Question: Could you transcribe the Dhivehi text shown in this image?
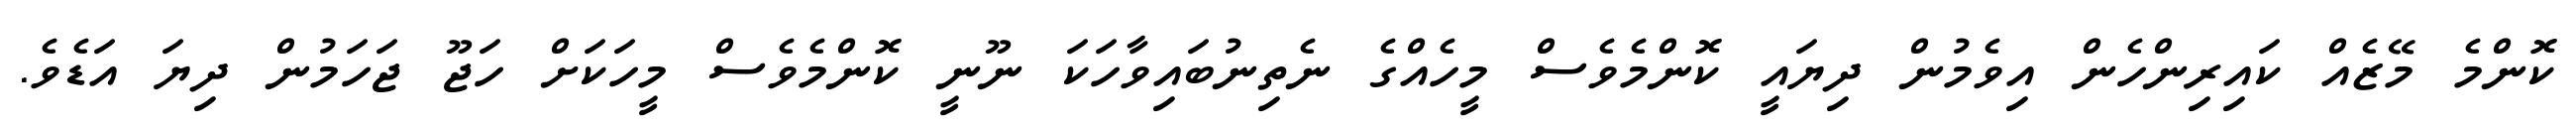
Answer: ކޮންމެ މޭޒެއް ކައިރިންހެން އިވެމުން ދިޔައީ ކޮންމެވެސް މީހެއްގެ ނެތިނުބައިވާހަކަ ނޫނީ ކޮންމެވެސް މީހަކަށް ހަޖޫ ޖަހަމުން ދިޔަ އަޑެވެ.